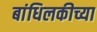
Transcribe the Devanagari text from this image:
बांधिलकीच्या